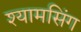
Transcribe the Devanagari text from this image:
श्यामसिंग